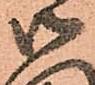
御